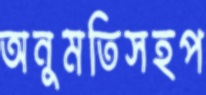
অনুমতিসহপ